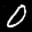
Label: 0